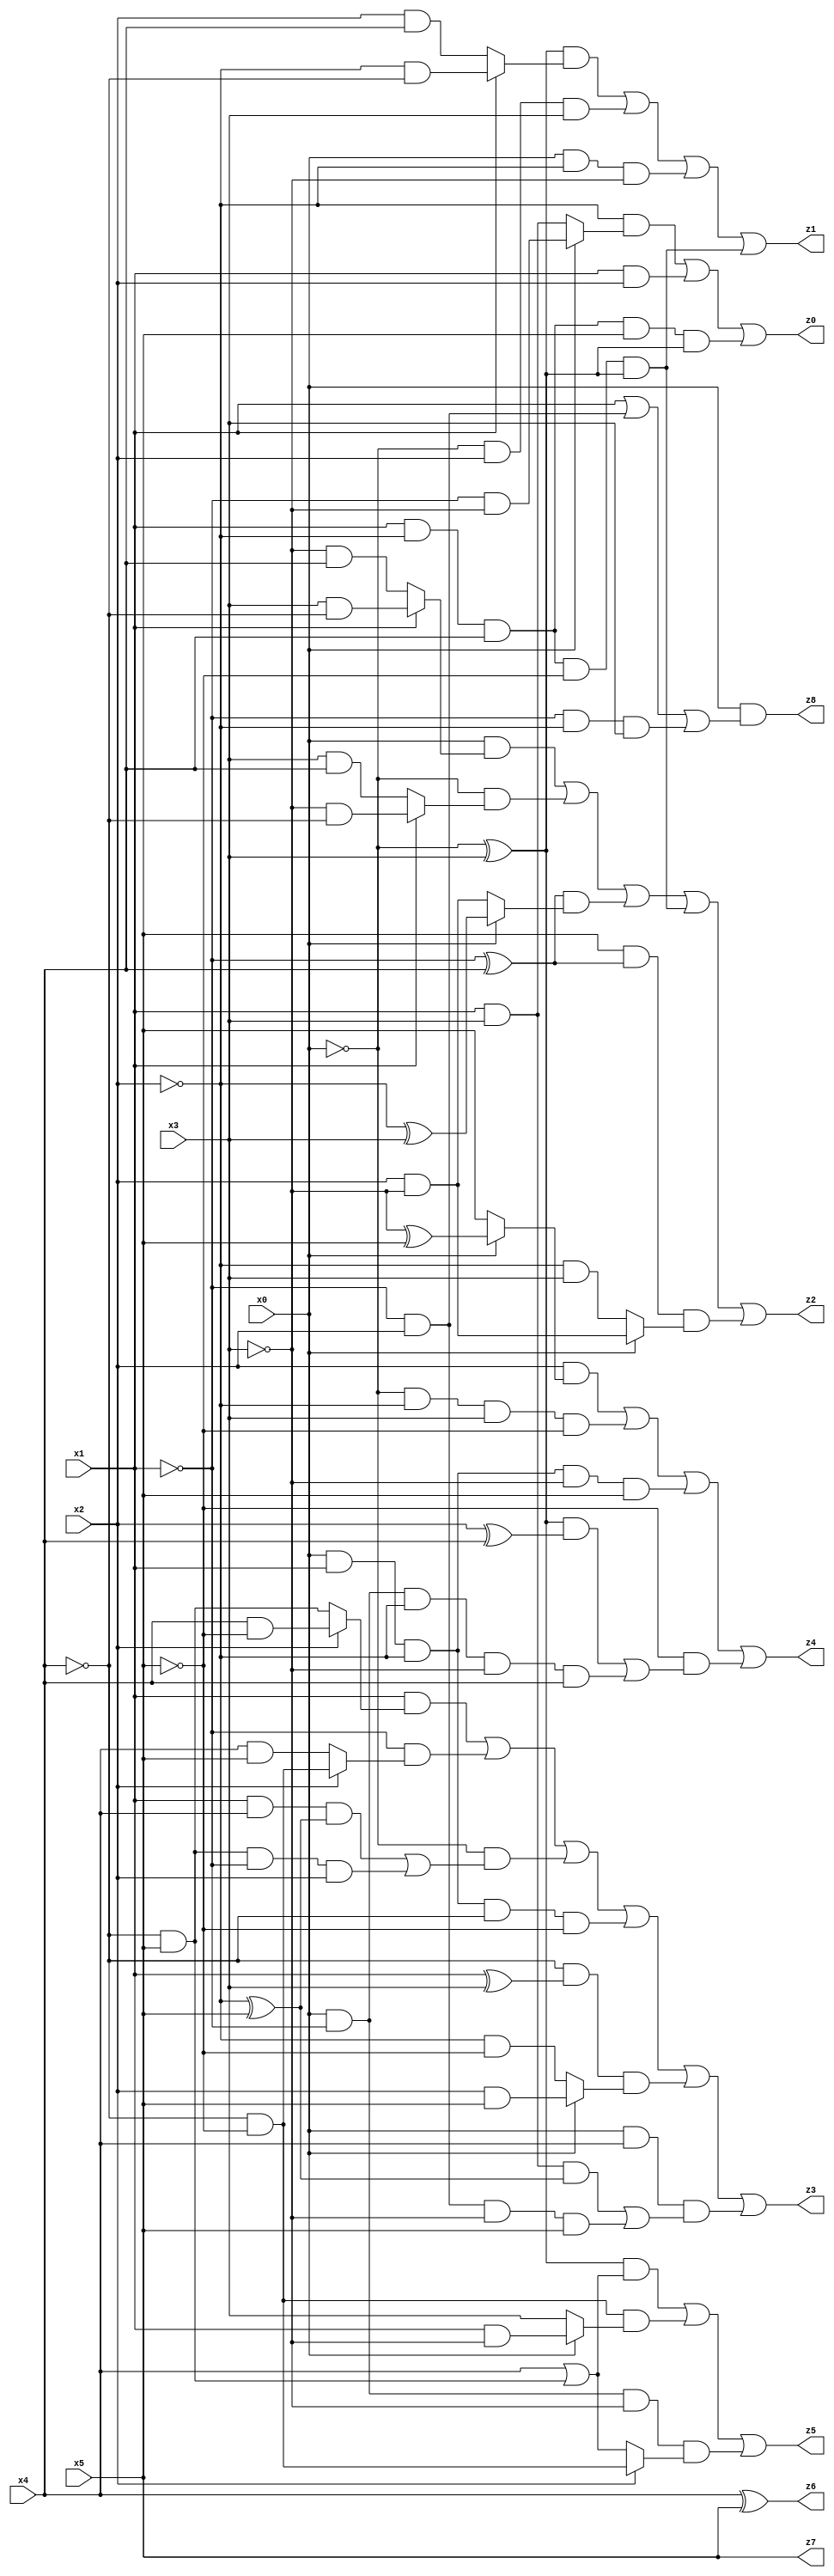
// Benchmark "X_41" written by ABC on Mon Jun 05 23:02:38 2023

module X_41 ( 
    x0, x1, x2, x3, x4, x5,
    z0, z1, z2, z3, z4, z5, z6, z7, z8  );
  input  x0, x1, x2, x3, x4, x5;
  output z0, z1, z2, z3, z4, z5, z6, z7, z8;
  assign z0 = (~x2 & (x0 ? (~x1 & ~x3) : (x1 & x3))) | (x1 & x2) | (x1 & ~x2 & x4 & x5 & (~x0 ^ x3));
  assign z1 = ((~x0 ^ x3) & (x1 ? (~x2 & ~x4) : (x2 & x4))) | (~x0 & x2 & x3) | (x0 & ~x2 & ~x3) | (x1 & ~x2 & x4 & ~x5 & (~x0 ^ x3));
  assign z2 = (x0 & (x1 ? (x3 & ~x4) : (~x3 & x4))) | (~x0 & (x1 ? (~x3 & ~x4) : (x3 & x4))) | ((~x1 ^ x4) & (x0 ? (~x2 ^ x3) : (x2 & ~x3))) | (x1 & ~x2 & x4 & ~x5 & (~x0 ^ x3)) | (x5 & (~x1 ^ x4) & (x0 ? (x2 & ~x3) : (~x2 & x3)));
  assign z3 = (x1 & (x2 ? (x4 & ~x5) : (~x4 & x5))) | (~x1 & (x2 ? (~x4 & ~x5) : (x4 & x5))) | (~x0 & ((x1 & x4 & (~x2 ^ x5)) | (~x4 & x5 & ~x1 & x2))) | (x0 & x1 & ~x2 & ~x4 & ~x5) | (~x4 & (x1 ^ x3) & (x0 ? (x2 & x5) : (~x2 & ~x5))) | (x0 & x4 & ((x1 & x3 & (~x2 ^ x5)) | (~x1 & x2 & ~x3 & x5)));
  assign z4 = (x2 & (x0 ? (~x3 ^ x5) : x5)) | (~x0 & ~x2 & x3 & ~x5) | (x0 & x1 & ~x2 & ~x3 & x5) | (~x5 & (((~x0 ^ x3) & (x2 ^ x4)) | (x0 & ~x1 & ~x2 & ~x3 & x4)));
  assign z5 = ((~x0 ^ x3) & (x4 | (~x4 & x5))) | (~x4 & ~x5 & (x0 ? (x1 & ~x3) : x3)) | (x0 & ~x1 & ~x3 & (x2 ? (~x4 & ~x5) : (x4 | (~x4 & x5))));
  assign z6 = x4 ^ x5;
  assign z7 = x5;
  assign z8 = x0 & (x1 | (~x1 & x2) | (~x1 & ~x2 & x3));
endmodule